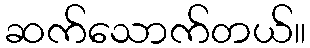
ဆက်သောက်တယ်။